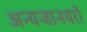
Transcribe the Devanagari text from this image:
अन्यजानवरों